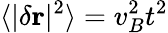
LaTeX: \langle|\delta\mathbf{r}|^{2}\rangle=v_{B}^{2}t^{2}